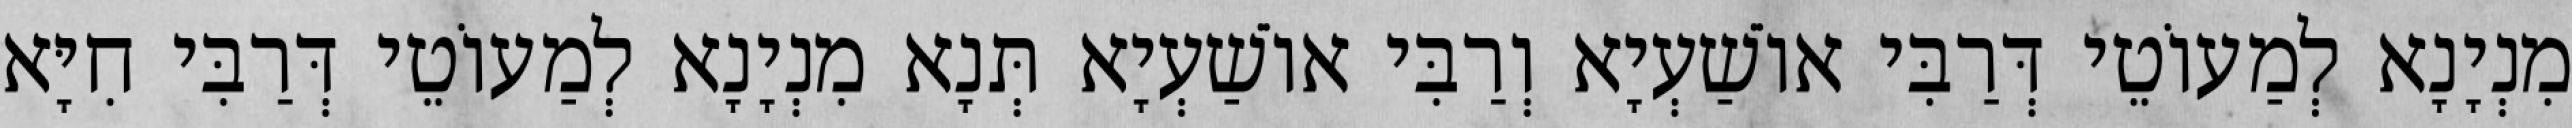
מִנְיָנָא לְמַעוֹטֵי דְּרַבִּי אוֹשַׁעְיָא וְרַבִּי אוֹשַׁעְיָא תְּנָא מִנְיָנָא לְמַעוֹטֵי דְּרַבִּי חִיָּא